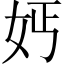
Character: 𡛔